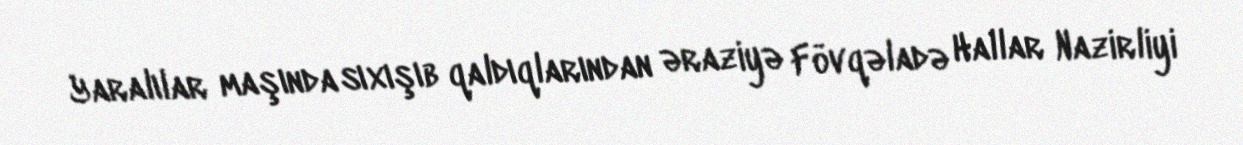
Yaralılar maşında sıxışıb qaldıqlarından əraziyə Fövqəladə Hallar Nazirliyi